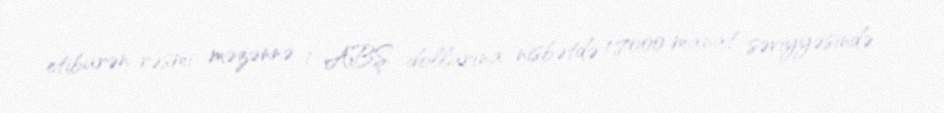
etibarən rəsmi məzənnə 1 ABŞ dollarına nisbətdə 1,7000 manat səviyyəsində